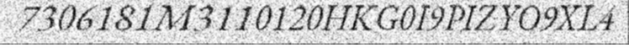
7306181M3110120HKG0I9PIZYO9XL4